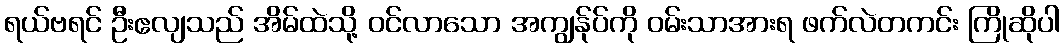
ရယ်ဗရင် ဦးဧလျသည် အိမ်ထဲသို့ ဝင်လာသော အကျွန်ုပ်ကို ဝမ်းသာအားရ ဖက်လဲတကင်း ကြိုဆိုပါ